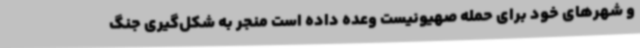
و شهرهای خود برای حمله صهیونیست وعده داده است منجر به شکل‌گیری جنگ